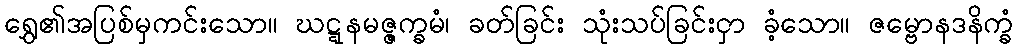
ရွှေ၏အပြစ်မှကင်းသော။ ဃဋ္ဋနမဇ္ဇက္ခမံ၊ ခတ်ခြင်း သုံးသပ်ခြင်းငှာ ခံ့သော။ ဇမ္ဗောနဒနိက္ခံ